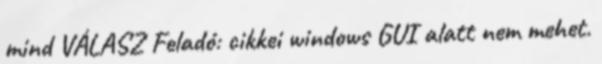
mind VÁLASZ Feladó: cikkei windows GUI alatt nem mehet.